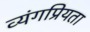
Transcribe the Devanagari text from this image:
व्यंगप्रियता